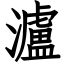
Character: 瀘